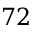
7 2